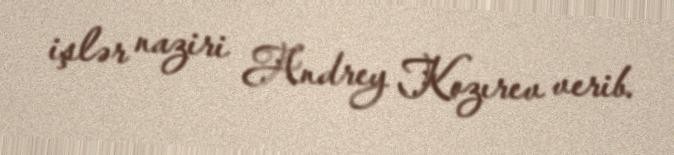
işlər naziri Andrey Kozırev verib.